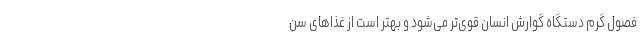
فصول گرم دستگاه گوارش انسان قوی‌تر می‌شود و بهتر است از غذاهای سن